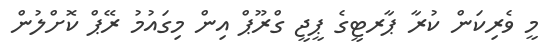
މީ ވެރިކަން ކުރާ ޕާރޓީގެ ޕީޖީ ގްރޫޕް އިން މިގައުމު ރޭޕް ކޮށްލުން